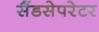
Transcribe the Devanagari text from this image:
सैंडसेपरेटर